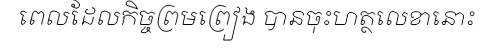
ពេលដែលកិច្ចព្រមព្រៀង បានចុះហត្ថលេខានោះ